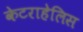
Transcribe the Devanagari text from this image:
केटराहेलिस